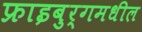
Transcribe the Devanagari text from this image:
फ्राइबुर्गमधील